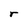
Character: r